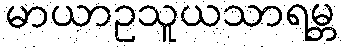
မာယာဥသူယသာရမ္ဘ